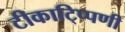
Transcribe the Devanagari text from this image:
टीकाटि्प्पणी